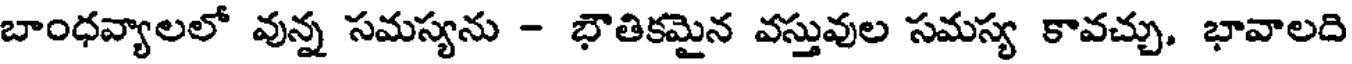
బాంధవ్యాలలో వున్న సమస్యను - భౌతికమైన వస్తువుల సమస్య కావచ్చు. భావాలది